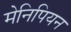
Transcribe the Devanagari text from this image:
मेनिपियन